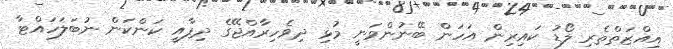
އިއްޒަތްތެރި ލޯޑު ކައިރިން އަހަން ބޭނުންވަނީ މުޅި ދިވެހިރާއްޖޭގެ ދިފާއީ ކަންކަން ނުބަލަހައްޓާ